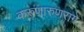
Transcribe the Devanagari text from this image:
करुणारुणरागे